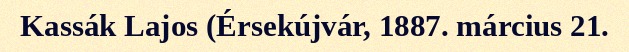
Kassák Lajos (Érsekújvár, 1887. március 21.